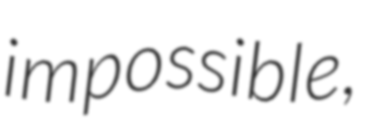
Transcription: impossible,